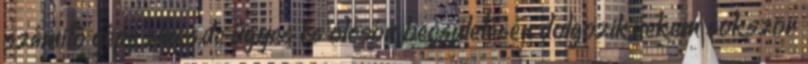
számitó gépe sincs,de ügyes és olcsón becsületesen dolgozik,nekem sokszor